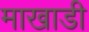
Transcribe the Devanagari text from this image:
माखाडी